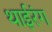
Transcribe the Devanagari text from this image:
थाईरंग